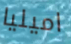
اميليا